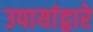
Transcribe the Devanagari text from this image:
उपायांद्वारे